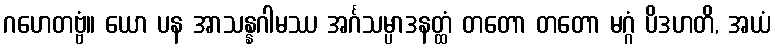
ဂဟေတဗ္ဗံ။ ယော ပန အာသန္နဂါမဿ အင်္ဂသမ္ပာဒနတ္ထံ တတော တတော မဂ္ဂံ ပိဒဟတိ, အယံ